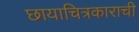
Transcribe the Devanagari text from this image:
छायाचित्रकाराची